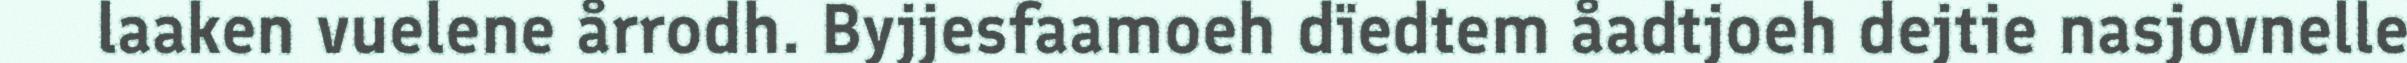
laaken vuelene årrodh. Byjjesfaamoeh dïedtem åadtjoeh dejtie nasjovnelle